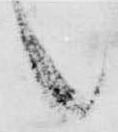
候